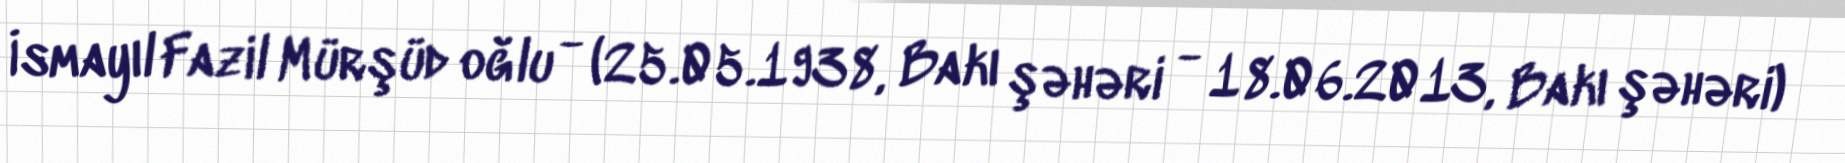
İsmayıl Fazil Mürşüd oğlu - (25.05.1938, Bakı şəhəri - 18.06.2013, Bakı şəhəri)